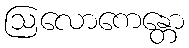
ဩလောကေန္တော